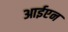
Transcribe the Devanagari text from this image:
आईएन